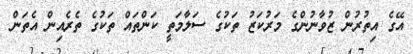
އޭގެ އިތުރުން ޒުވާނުންގެ މަރުކަޒު ތަކުގެ ސަލާމަތީ ކަންތައް ތަކުގެ ތެރެއިން އެތަން